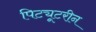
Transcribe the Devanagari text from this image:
पिट्यूटरीन